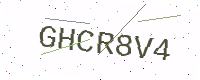
Text: GHCR8V4